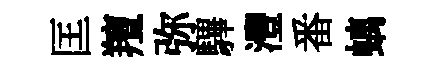
匡羶弥驆灃番螭